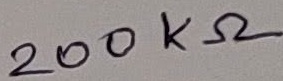
Text: 200KΩ